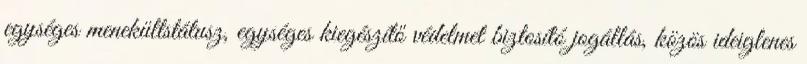
egységes menekültstátusz, egységes kiegészítő védelmet biztosító jogállás, közös ideiglenes